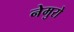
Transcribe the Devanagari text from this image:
नेमुरो